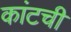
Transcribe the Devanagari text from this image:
कांटची